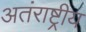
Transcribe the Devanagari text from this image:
अतंराष्ट्रीय